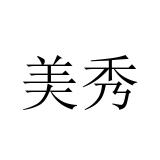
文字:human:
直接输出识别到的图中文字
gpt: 美秀